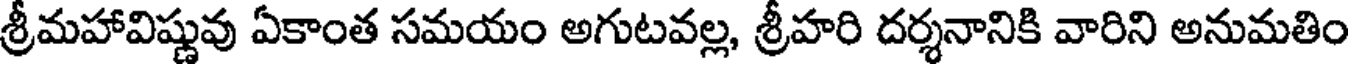
శ్రీమహావిష్ణువు ఏకాంత సమయం అగుటవల్ల, శ్రీహరి దర్శనానికి వారిని అనుమతిం